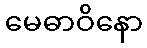
မေဓာဝိနော